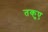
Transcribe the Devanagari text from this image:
तकुए